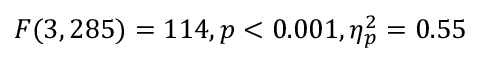
F ( 3 , 2 8 5 ) = 1 1 4 , p < 0 . 0 0 1 , \eta _ { p } ^ { 2 } = 0 . 5 5